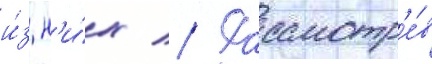
и́з н'и́х // Рассмотр'е́в